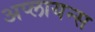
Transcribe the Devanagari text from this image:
अप्लायन्स